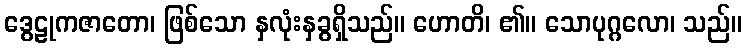
ဒွေဠုကဇာတော၊ ဖြစ်သော နှလုံးနှခွရှိသည်။ ဟောတိ၊ ၏။ သောပုဂ္ဂလော၊ သည်။